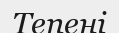
Тепені